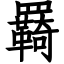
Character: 羇